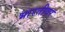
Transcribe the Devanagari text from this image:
भारतीवर